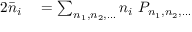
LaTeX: \begin{array} { r l } { { 2 } { \bar { n } } _ { i } } & { { } = \sum _ { n _ { 1 } , n _ { 2 } , \dots } n _ { i } \ P _ { n _ { 1 } , n _ { 2 } , \dots } } \end{array}